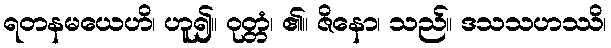
ရတနမယေဟိ၊ ဟူ၍။ ဝုတ္တံ၊ ၏။ ဇိနော၊ သည်။ ဒသသဟဿိ၊